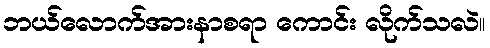
ဘယ်လောက်အားနာစရာ ကောင်း လိုက်သလဲ။